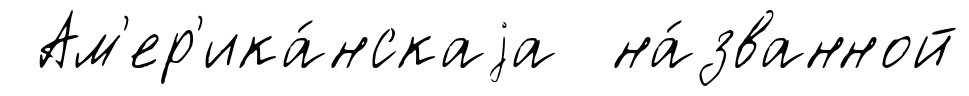
Ам'ер'ика́нскаjа на́званной